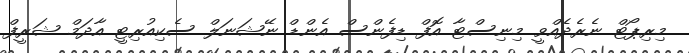
މިރިޕޯޓް ނެރެދެއްވީ މިނިސްޓާ އޮފް ޑިފެންސް އެންޑް ނޭޝަނަލް ސެކިއުރިޓީ އާދަމް ޝަރީފް